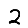
Digit: 2